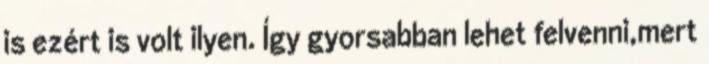
is ezért is volt ilyen. Így gyorsabban lehet felvenni,mert